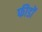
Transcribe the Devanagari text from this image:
फीडों